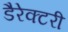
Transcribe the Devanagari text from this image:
डैरेक्टरी